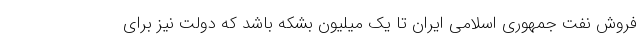
فروش نفت جمهوری اسلامی ایران تا یک میلیون بشکه باشد که دولت نیز برای